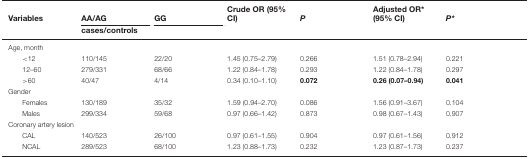
<table><thead><tr><td><b>Variables</b></td><td><b>AA/AG</b></td><td><b>GG</b></td><td><b>Crude OR (95% CI)</b></td><td><b><i>P</i></b></td><td><b>Adjusted OR* (95% CI)</b></td><td><b><i>P*</i></b></td></tr><tr><td></td><td><b>cases/controls</b></td><td></td><td></td><td></td><td></td><td></td></tr></thead><tbody><tr><td colspan="7">Age, month</td></tr><tr><td>&lt;12</td><td>110/145</td><td>22/20</td><td>1.45 (0.75–2.79)</td><td>0.266</td><td>1.51 (0.78–2.94)</td><td>0.221</td></tr><tr><td>12–60</td><td>279/331</td><td>68/66</td><td>1.22 (0.84–1.78)</td><td>0.293</td><td>1.22 (0.84–1.78)</td><td>0.297</td></tr><tr><td>&gt;60</td><td>40/47</td><td>4/14</td><td>0.34 (0.10–1.10)</td><td><b>0.072</b></td><td><b>0.26 (0.07–0.94)</b></td><td><b>0.041</b></td></tr><tr><td colspan="7">Gender</td></tr><tr><td>Females</td><td>130/189</td><td>35/32</td><td>1.59 (0.94–2.70)</td><td>0.086</td><td>1.56 (0.91–3.67)</td><td>0.104</td></tr><tr><td>Males</td><td>299/334</td><td>59/68</td><td>0.97 (0.66–1.42)</td><td>0.873</td><td>0.98 (0.67–1.43)</td><td>0.907</td></tr><tr><td colspan="7">Coronary artery lesion</td></tr><tr><td>CAL</td><td>140/523</td><td>26/100</td><td>0.97 (0.61–1.55)</td><td>0.904</td><td>0.97 (0.61–1.56)</td><td>0.912</td></tr><tr><td>NCAL</td><td>289/523</td><td>68/100</td><td>1.23 (0.88–1.73)</td><td>0.232</td><td>1.23 (0.87–1.73)</td><td>0.237</td></tr></tbody></table>